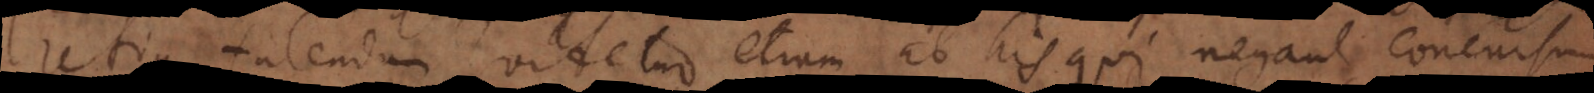
tendum videtur etiam ab his qui negant concursum